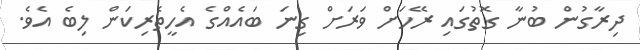
ދިރާގުން ބުނާ ގޮތުގައި ރޭހަށް ވަރަށް ގިނަ ބައެއްގެ އެހީތެރިކަން ލިބެ އެވެ.